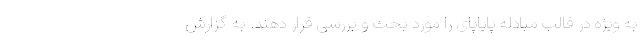
به ویژه در قالب مبادله پایاپای را مورد بحث و بررسی قرار دهند. به گزارش